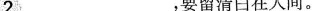
2 ___，要留清白在人间。